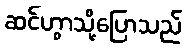
ဆင်ဟွာသို့ပြောသည်